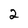
Character: 2